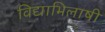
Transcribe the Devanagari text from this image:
विद्याभिलाषी